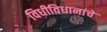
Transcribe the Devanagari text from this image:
विधीविधानांचे